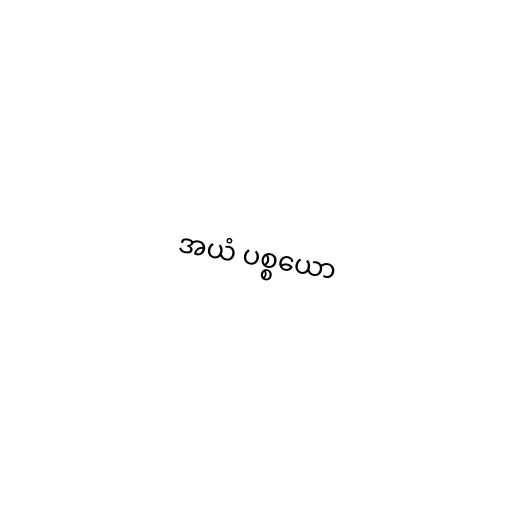
အယံ ပစ္စယော